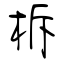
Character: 柝